Civil Veterinary Dept. Bombay admin report 1932-41 - 1932-1941
Year: 1932
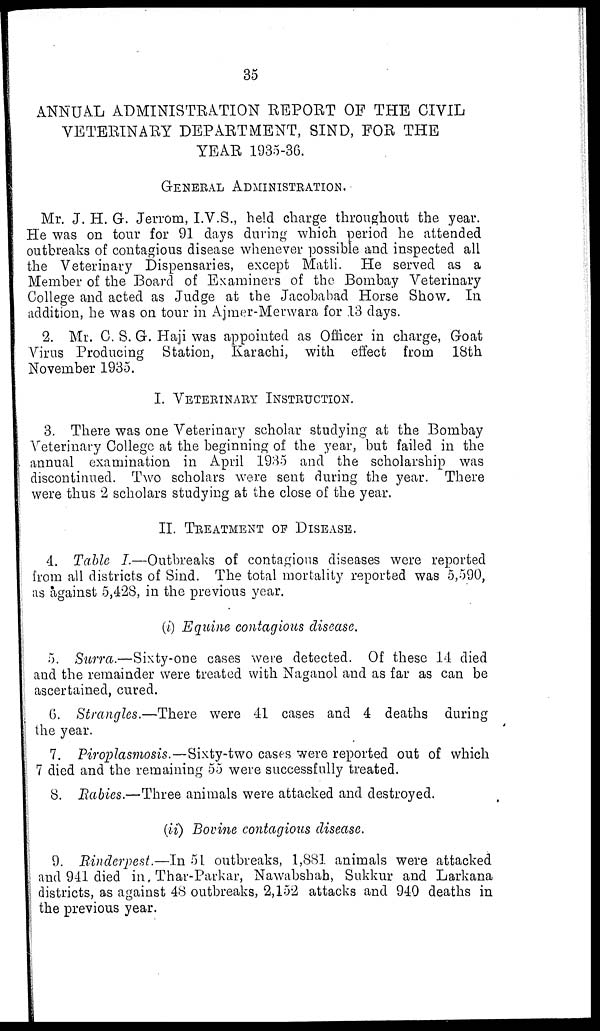
35
ANNUAL ADMINISTRATION REPORT OF THE CIVIL
VETERINARY DEPARTMENT, SIND, FOR THE
YEAR 1935-36.
GENERAL ADMINISTRATION.
Mr. J. H. G. Jerrom, I.V.S., held charge throughout the year.
He was on tour for 91 days during which period he attended
outbreaks of contagious disease whenever possible and inspected all
the Veterinary Dispensaries, except Matli. He served as a
Member of the Board of Examiners of the Bombay Veterinary
College and acted as Judge at the Jacobabad Horse Show. In
addition, he was on tour in Ajmer-Merwara for 13 days.
2. Mr. C. S. G. Haji was appointed as Officer in charge, Goat
Virus Producing Station, Karachi, with effect from 18th
November 1935.
I. VETERINARY ISTRUCTION.
3. There was one Veterinary scholar studying at the Bombay
Veterinary College at the beginning of the year, but failed in the
annual examination in April 1935 and the scholarship was
discontinued. Two scholars were sent during the year. There
were thus 2 scholars studying at the close of the year.
II. TREATMENT OF DISEASE.
4. Table I.—Outbreaks of contagious diseases were reported
from all districts of Sind. The total mortality reported was 5,590,
as against 5,428, in the previous year.
(i) Equine contagious disease.
5. Surra.—Sixty-one cases were detected. Of these 14 died
and the remainder were treated with Naganol and as far as can be
ascertained, cured.
6. Strangles.—There were 41 cases and 4 deaths during
the year.
7. Piroplasmosis.—Sixty-two cases were reported out of which
7 died and the remaining 55 were successfully treated.
8. Rabies.—Three animals were attacked and destroyed.
(ii) Bovine contagious disease.
9. Rinderpest.—In 51 outbreaks, 1,881 animals were attacked
and 941 died in, Thar-Parkar, Nawabshah, Sukkur and Larkana
districts, as against 48 outbreaks, 2,152 attacks and 940 deaths in
the previous year.